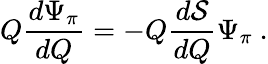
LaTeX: Q\frac{d\Psi_{\pi}}{dQ}=-Q\frac{d{\mathcal S}}{dQ}\Psi_{\pi}\ .